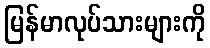
မြန်မာလုပ်သားများကို